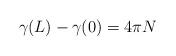
LaTeX: \begin{align*}\gamma (L)-\gamma (0)=4\pi N\end{align*}